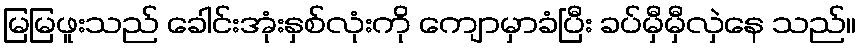
မြမြဖူးသည် ခေါင်းအုံးနှစ်လုံးကို ကျောမှာခံပြီး ခပ်မှီမှီလှဲနေ သည်။